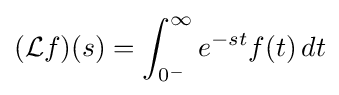
({\mathcal {L}}f)(s)=\int _{0^{-}}^{\infty }e^{-st}f(t)\,dt